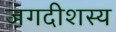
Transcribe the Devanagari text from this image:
जगदीशस्य